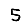
Digit: 5